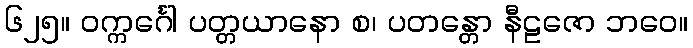
၆၂၅။ ဝက္ကင်္ဂေါ ပတ္တယာနော စ၊ ပတန္တော နီဠဇော ဘဝေ။